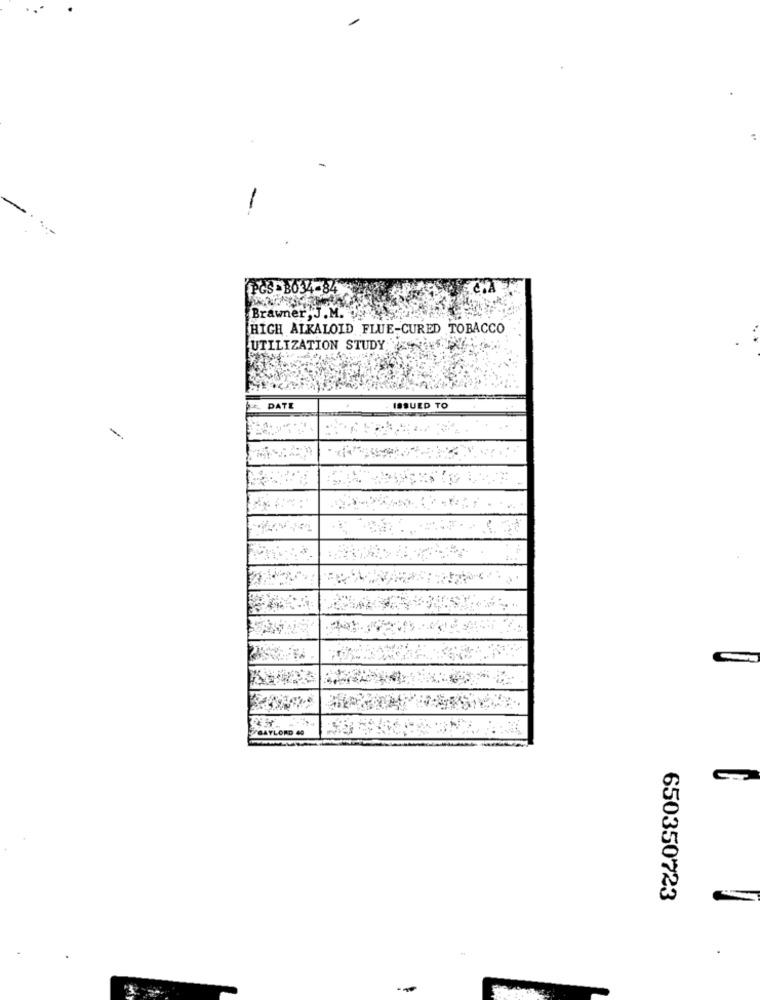
PCS BO34-84
Brawner J.M.
HIGH ALKALOID FLUE-CURED TOBACCO
UTILIZATION STUDY
DATE
ISSUED TO
650350723